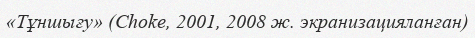
«Тұншығу» (Choke, 2001, 2008 ж. экранизацияланған)